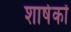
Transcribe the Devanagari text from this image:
शार्षकों